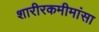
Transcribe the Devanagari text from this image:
शारीरकमीमांसा